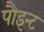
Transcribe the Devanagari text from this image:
पौइन्ट